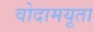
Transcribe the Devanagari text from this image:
वोदामयूता